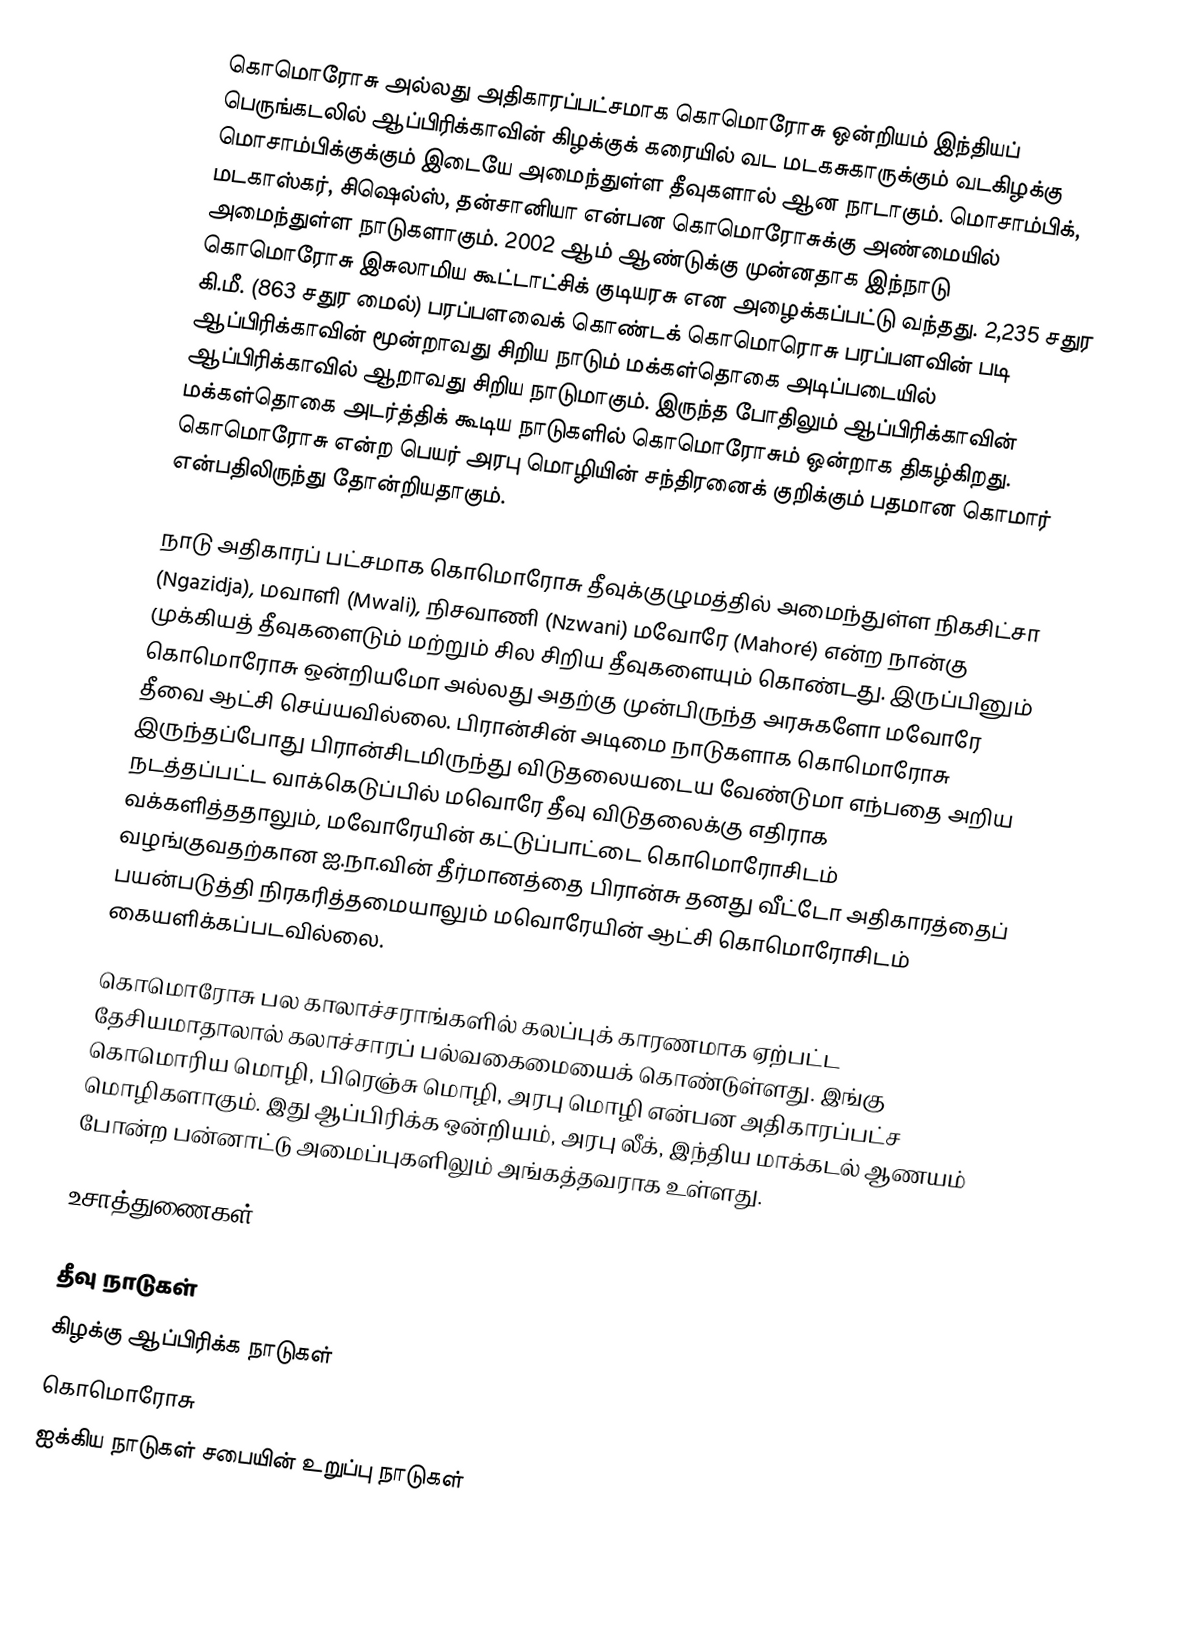
கொமொரோசு அல்லது அதிகாரப்பட்சமாக கொமொரோசு ஒன்றியம்  இந்தியப் பெருங்கடலில் ஆப்பிரிக்காவின் கிழக்குக் கரையில் வட  மடகசுகாருக்கும் வடகிழக்கு மொசாம்பிக்குக்கும் இடையே அமைந்துள்ள தீவுகளால் ஆன நாடாகும். மொசாம்பிக், மடகாஸ்கர், சிஷெல்ஸ், தன்சானியா என்பன கொமொரோசுக்கு அண்மையில் அமைந்துள்ள நாடுகளாகும். 2002 ஆம் ஆண்டுக்கு முன்னதாக இந்நாடு கொமொரோசு இசுலாமிய கூட்டாட்சிக் குடியரசு என அழைக்கப்பட்டு வந்தது. 2,235 சதுர கி.மீ. (863 சதுர மைல்) பரப்பளவைக் கொண்டக் கொமொரொசு பரப்பளவின் படி ஆப்பிரிக்காவின் மூன்றாவது சிறிய நாடும் மக்கள்தொகை அடிப்படையில் ஆப்பிரிக்காவில் ஆறாவது சிறிய நாடுமாகும். இருந்த போதிலும் ஆப்பிரிக்காவின் மக்கள்தொகை அடர்த்திக் கூடிய நாடுகளில் கொமொரோசும் ஒன்றாக திகழ்கிறது. கொமொரோசு என்ற பெயர் அரபு மொழியின் சந்திரனைக் குறிக்கும் பதமான கொமார் என்பதிலிருந்து தோன்றியதாகும்.

நாடு  அதிகாரப் பட்சமாக கொமொரோசு தீவுக்குழுமத்தில் அமைந்துள்ள நிகசிட்சா (Ngazidja), மவாளி (Mwali), நிசவாணி (Nzwani) மவோரே (Mahoré) என்ற நான்கு முக்கியத் தீவுகளைடும் மற்றும் சில சிறிய தீவுகளையும் கொண்டது. இருப்பினும் கொமொரோசு ஒன்றியமோ அல்லது அதற்கு முன்பிருந்த அரசுகளோ மவோரே தீவை ஆட்சி செய்யவில்லை. பிரான்சின் அடிமை நாடுகளாக கொமொரோசு இருந்தப்போது பிரான்சிடமிருந்து விடுதலையடைய வேண்டுமா எந்பதை அறிய நடத்தப்பட்ட வாக்கெடுப்பில் மவொரே தீவு விடுதலைக்கு எதிராக வக்களித்ததாலும், மவோரேயின் கட்டுப்பாட்டை கொமொரோசிடம் வழங்குவதற்கான ஐ.நா.வின் தீர்மானத்தை பிரான்சு தனது வீட்டோ அதிகாரத்தைப் பயன்படுத்தி நிரகரித்தமையாலும் மவொரேயின் ஆட்சி கொமொரோசிடம் கையளிக்கப்படவில்லை.

கொமொரோசு பல காலாச்சராங்களில் கலப்புக் காரணமாக ஏற்பட்ட தேசியமாதாலால் கலாச்சாரப் பல்வகைமையைக் கொண்டுள்ளது. இங்கு கொமொரிய மொழி, பிரெஞ்சு மொழி, அரபு மொழி என்பன அதிகாரப்பட்ச மொழிகளாகும். இது ஆப்பிரிக்க ஒன்றியம், அரபு லீக், இந்திய மாக்கடல் ஆணயம் போன்ற பன்னாட்டு அமைப்புகளிலும் அங்கத்தவராக உள்ளது.

உசாத்துணைகள்

தீவு நாடுகள்
கிழக்கு ஆப்பிரிக்க நாடுகள்
கொமொரோசு
ஐக்கிய நாடுகள் சபையின் உறுப்பு நாடுகள்